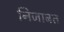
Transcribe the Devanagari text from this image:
निजाबत